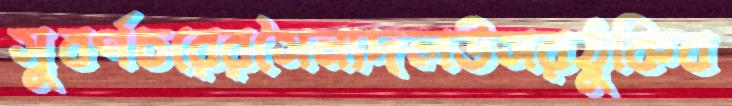
সুবর্ণচরেরসৈন্যদলউসরঠুকিব